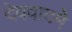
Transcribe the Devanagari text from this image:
देववादमे